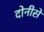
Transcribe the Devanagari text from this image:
दोनीसें